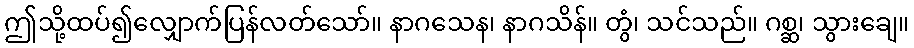
ဤသို့ထပ်၍လျှောက်ပြန်လတ်သော်။ နာဂသေန၊ နာဂသိန်။ တွံ၊ သင်သည်။ ဂစ္ဆ၊ သွားချေ။